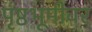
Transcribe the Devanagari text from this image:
पृष्ठभूमीवर